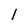
Character: 1